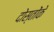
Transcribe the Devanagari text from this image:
दोस्तोंके